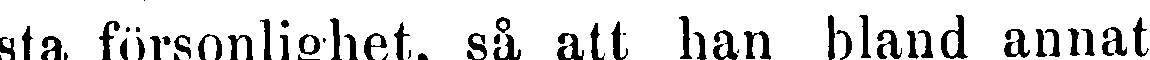
sta försonlighet, så att han bland annat